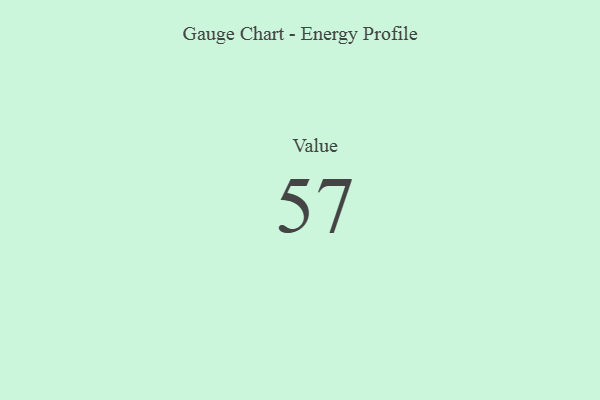
{"axis": {"x": "Metric", "y": "Value"}, "legend": [""], "data": [{"x": "Value", "y": 57, "type": ""}]}